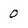
Character: 0